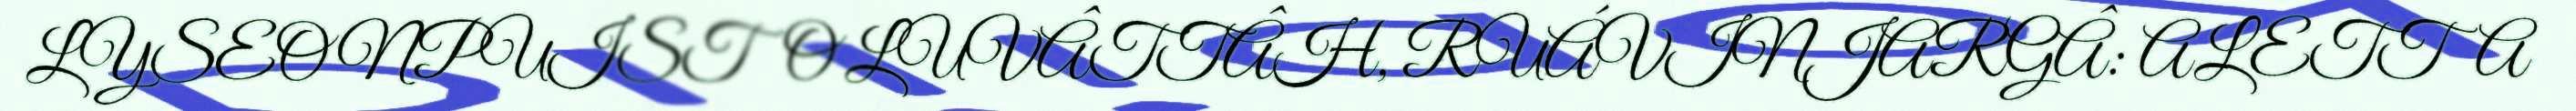
LYSEONPUISTO LUVÂTTÂH, RUÁVINJARGÂ: ALETTA